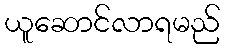
ယူဆောင်လာရမည်